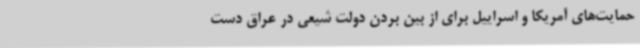
حمایت‌های آمریکا و اسراییل برای از بین بردن دولت شیعی در عراق دست